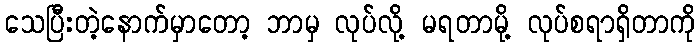
သေပြီးတဲ့နောက်မှာတော့ ဘာမှ လုပ်လို့ မရတာမို့ လုပ်စရာရှိတာကို